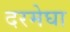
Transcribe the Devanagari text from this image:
दरमेघा